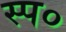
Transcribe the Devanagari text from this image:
स्प०